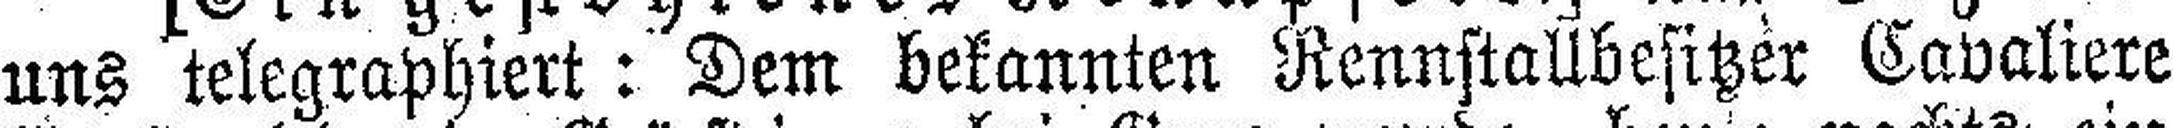
uns telegraphiert: Dem bekannten Rennstallbesitzer Cavaliere